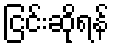
ငြင်းဆိုရန်